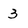
Character: 3